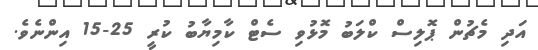
އަދި މެޗުން ޕޮލިސް ކްލަބު މޮޅުވި ސެޓް ކާމިޔާބު ކުރީ 25-15 އިންނެވެ.